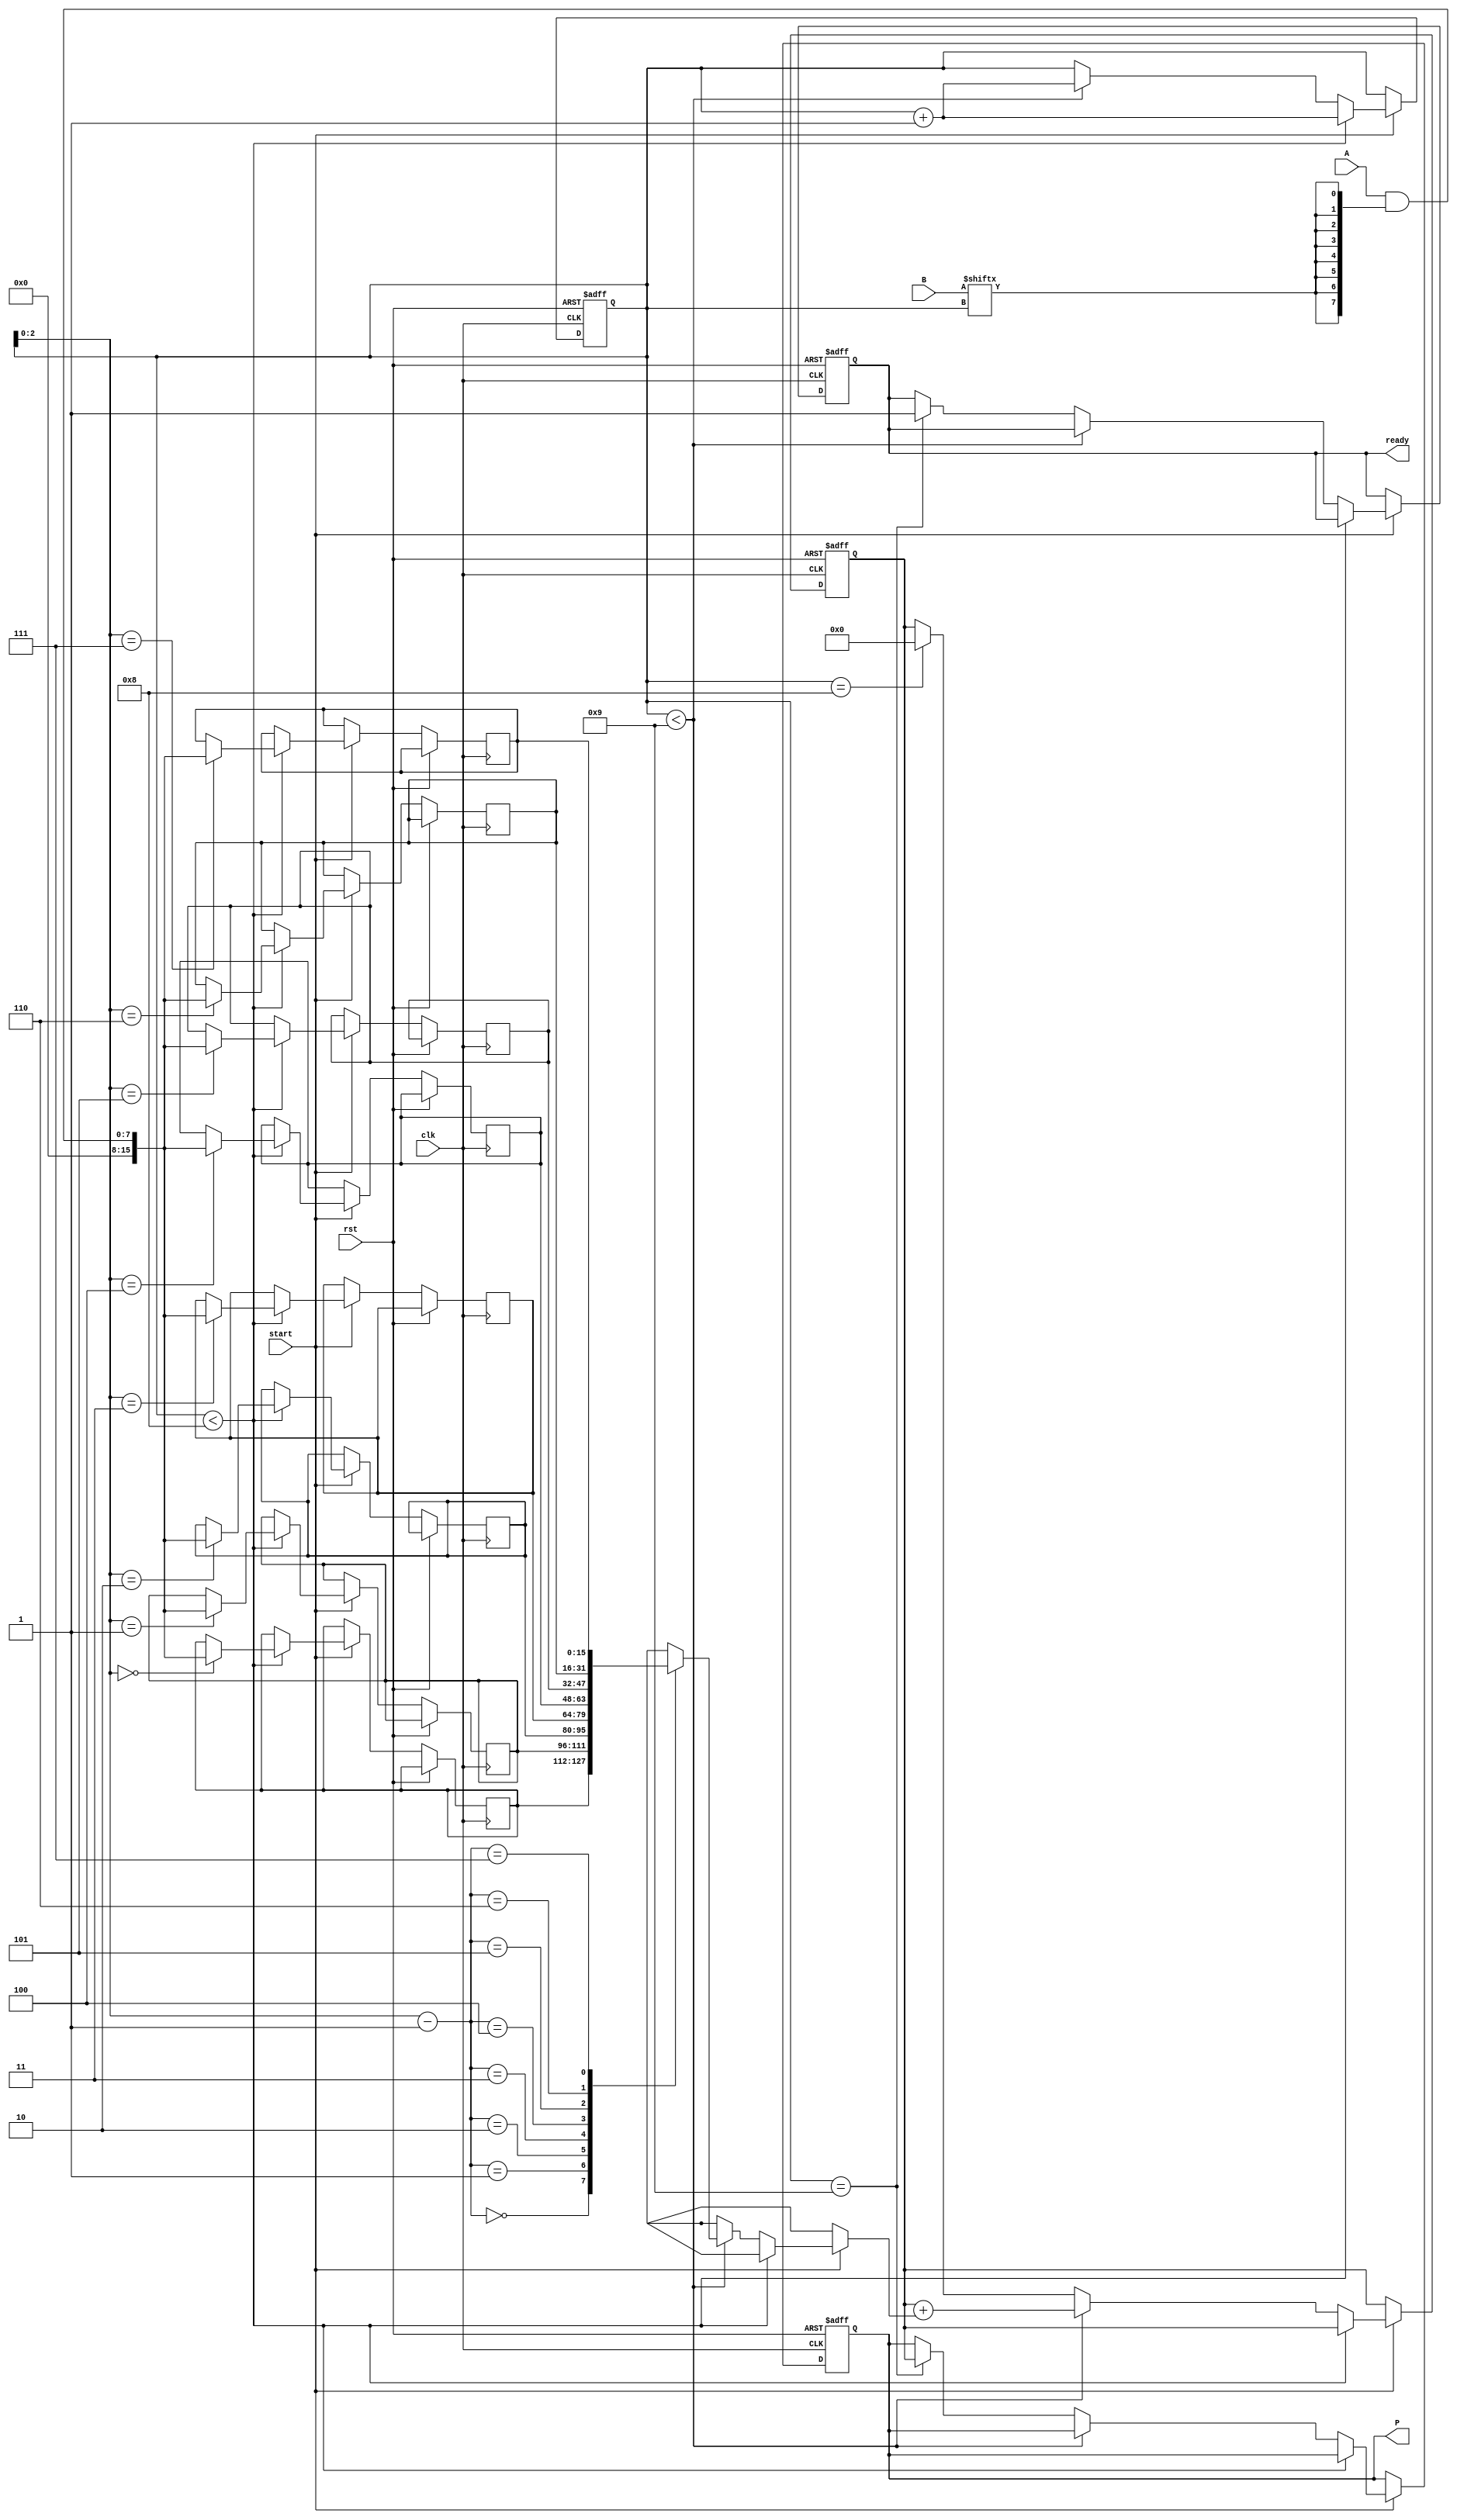
module PartialProductAccumulator #(
    parameter A_WIDTH = 8, // Width of the multiplicand
    parameter B_WIDTH = 8  // Width of the multiplier
)(
    input  wire [A_WIDTH-1:0] A,      // Multiplicand
    input  wire [B_WIDTH-1:0] B,      // Multiplier
    input  wire clk,                   // Clock
    input  wire rst,                   // Reset
    input  wire start,                 // Start signal
    output reg  [A_WIDTH+B_WIDTH-1:0] P, // Product
    output reg ready                   // Ready signal
);

    reg [A_WIDTH+B_WIDTH-1:0] partial_products [0:B_WIDTH-1]; // Array for partial products
    reg [3:0] count; // To count the number of processed bits
    reg [A_WIDTH+B_WIDTH-1:0] accumulator; // Accumulator for the product

    // Generate partial products
    always @(posedge clk or posedge rst) begin
        if (rst) begin
            P <= 0;
            accumulator <= 0;
            count <= 0;
            ready <= 0;
        end else if (start) begin
            if (count < B_WIDTH) begin
                // Generate the partial product
                partial_products[count] <= A & {A_WIDTH{B[count]}};
                count <= count + 1;
            end else begin
                // Accumulate partial products
                if (count == B_WIDTH) begin
                    accumulator <= 0; // Reset accumulator before accumulation
                end
                
                if (count < B_WIDTH + 1) begin
                    accumulator <= accumulator + partial_products[count - 1]; // Add new partial product
                    count <= count + 1;
                end else if (count == B_WIDTH + 1) begin
                    P <= accumulator; // Final product
                    ready <= 1; // Indicate that the product is ready
                end
            end
        end
    end
endmodule